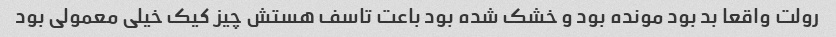
رولت واقعا بد بود مونده بود و خشک شده بود باعت تاسف هستش چیز کیک خیلی معمولی بود